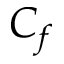
C _ { f }